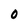
Character: O